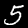
Label: 5